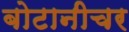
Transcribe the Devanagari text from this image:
बोटानीचर